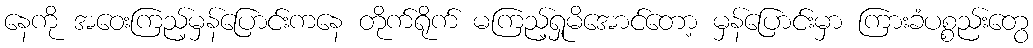
နေကို အဝေးကြည့်မှန်ပြောင်းကနေ တိုက်ရိုက် မကြည့်ရှုမိအောင်တော့ မှန်ပြောင်းမှာ ကြားခံပစ္စည်းတွေ